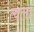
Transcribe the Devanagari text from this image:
त्येला